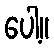
ပေါ့။